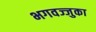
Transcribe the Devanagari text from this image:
भगवज्जुका